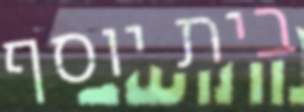
בית יוסף